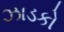
ઝાડકો